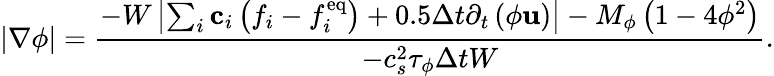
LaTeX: \left|{\nabla\phi}\right|=\frac{{-W\left|{\sum_{i}{{{\mathbf{c}}_{i}}\left({{f_{i}}-f_{i}^{\mathrm{{eq}}}}\right)}+0.5\Delta t{\partial_{t}}\left({\phi{\mathbf{u}}}\right)}\right|-{M_{\phi}}\left({1-4{\phi^{2}}}\right)}}{{-c_{s}^{2}{\tau_{\phi}}\Delta tW}}.